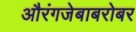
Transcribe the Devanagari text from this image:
औरंगजेबाबरोबर